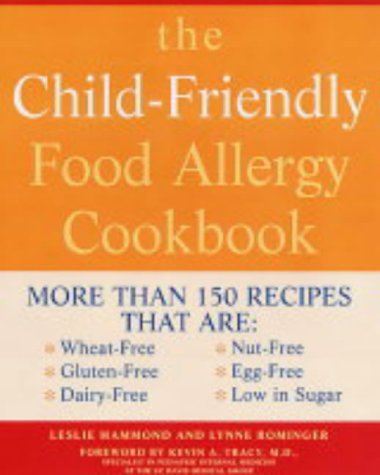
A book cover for The Child-friendly Food Allergy Cookbook: More Than 150 Wheat-free, Gluten-free, Dairy-free, Nut-free and Egg-free Recipes That are Also Low in Sugar; Leslie Hammond; Health, Fitness & Dieting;